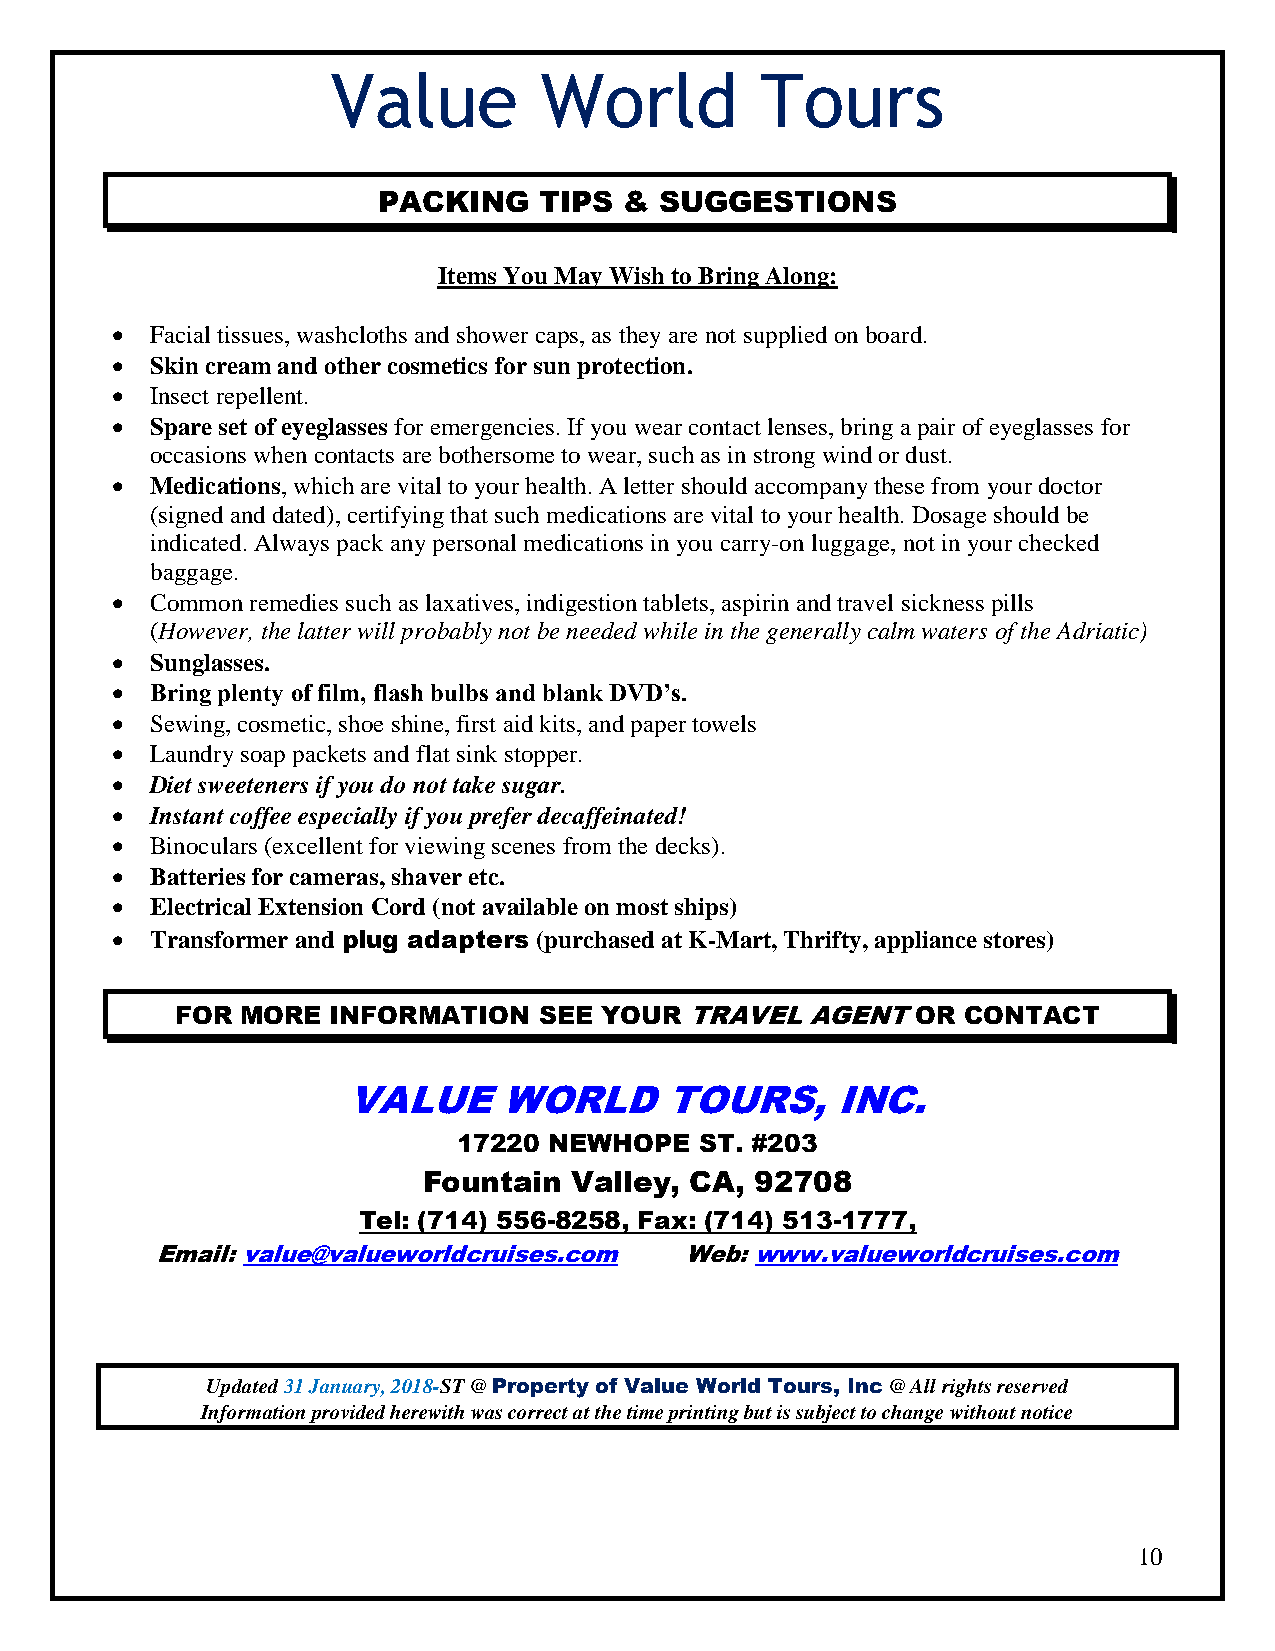
Value         World         Tours
 PACKING    TIPS &  SUGGESTIONS
 Items You May Wish to Bring Along:
   Facial tissues, washcloths and shower caps, as they are not supplied on board.
   Skin cream and other cosmetics for sun protection.
   Insect repellent.
   Spare set of eyeglasses for emergencies. If you wear contact lenses, bring a pair of eyeglasses for
 occasions when contacts are bothersome to wear, such as in strong wind or dust.
   Medications, which are vital to your health. A letter should accompany these from your doctor
 (signed and dated), certifying that such medications are vital to your health. Dosage should be
 indicated. Always pack any personal medications in you carry-on luggage, not in your checked
 baggage.
   Common remedies such as laxatives, indigestion tablets, aspirin and travel sickness pills
 (However, the latter will probably not be needed while in the generally calm waters of the Adriatic)
   Sunglasses.
   Bring plenty of film, flash bulbs and blank DVD’s.
   Sewing, cosmetic, shoe shine, first aid kits, and paper towels
   Laundry soap packets and flat sink stopper.
   Diet sweeteners if you do not take sugar.
   Instant coffee especially if you prefer decaffeinated!
   Binoculars (excellent for viewing scenes from the decks).
   Batteries for cameras, shaver etc.
   Electrical Extension Cord (not available on most ships)
   Transformer and plug adapters (purchased at K-Mart, Thrifty, appliance stores)
 FOR MORE  INFORMATION   SEE YOUR  TRAVEL  AGENT  OR CONTACT
 VALUE     WORLD      TOURS,     INC.
 17220 NEWHOPE   ST. #203
 Fountain  Valley, CA, 92708
 Tel: (714) 556-8258, Fax: (714) 513-1777,
 Email: value@valueworldcruises.com Web: www.valueworldcruises.com
 Updated 31 January, 2018-ST @ Property of Value World Tours, Inc @ All rights reserved
 Information provided herewith was correct at the time printing but is subject to change without notice
 10